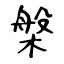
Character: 槃